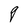
Character: q